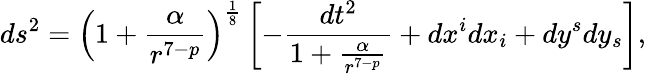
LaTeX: ds^{2}=\left(1+\frac{\alpha}{r^{7-p}}\right)^{\frac{1}{8}}\left[-\frac{dt^{2}}{1+\frac{\alpha}{r^{7-p}}}+dx^{i}dx_{i}+dy^{s}dy_{s}\right],